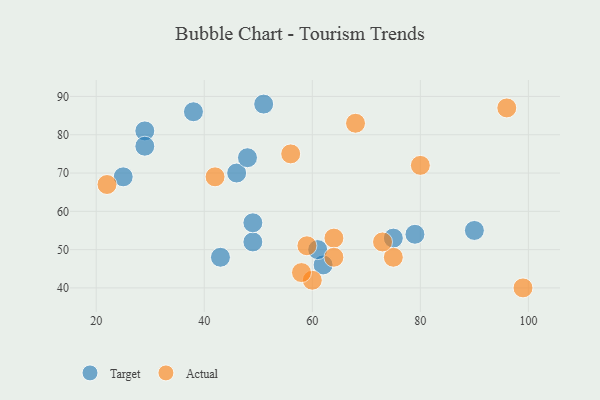
{"axis": {"x": "GDP", "y": "Life Expectancy"}, "legend": ["Actual", "Target"], "data": [{"x": "46", "y": 70, "type": "Target"}, {"x": "48", "y": 74, "type": "Target"}, {"x": "38", "y": 86, "type": "Target"}, {"x": "49", "y": 52, "type": "Target"}, {"x": "29", "y": 81, "type": "Target"}, {"x": "49", "y": 57, "type": "Target"}, {"x": "75", "y": 53, "type": "Target"}, {"x": "25", "y": 69, "type": "Target"}, {"x": "43", "y": 48, "type": "Target"}, {"x": "29", "y": 77, "type": "Target"}, {"x": "79", "y": 54, "type": "Target"}, {"x": "62", "y": 46, "type": "Target"}, {"x": "90", "y": 55, "type": "Target"}, {"x": "61", "y": 50, "type": "Target"}, {"x": "51", "y": 88, "type": "Target"}, {"x": "99", "y": 40, "type": "Actual"}, {"x": "80", "y": 72, "type": "Actual"}, {"x": "22", "y": 67, "type": "Actual"}, {"x": "96", "y": 87, "type": "Actual"}, {"x": "64", "y": 53, "type": "Actual"}, {"x": "60", "y": 42, "type": "Actual"}, {"x": "56", "y": 75, "type": "Actual"}, {"x": "58", "y": 44, "type": "Actual"}, {"x": "75", "y": 48, "type": "Actual"}, {"x": "42", "y": 69, "type": "Actual"}, {"x": "68", "y": 83, "type": "Actual"}, {"x": "73", "y": 52, "type": "Actual"}, {"x": "59", "y": 51, "type": "Actual"}, {"x": "64", "y": 48, "type": "Actual"}]}